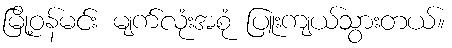
မြို့ဝန်မင်း မျက်လုံးအစုံ ပြူးကျယ်သွားတယ်။